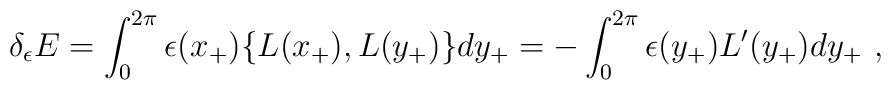
\delta _{\epsilon }E=\int _{0}^{2\pi }\epsilon (x_{+})\{L(x_{+}),L(y_{+})\}dy_{+}=-\int _{0}^{2\pi }\epsilon (y_{+})L^{\prime }(y_{+})dy_{+}\, \, ,